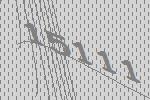
15111